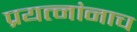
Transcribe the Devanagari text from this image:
प्रयत्नांनाच